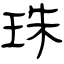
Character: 珠